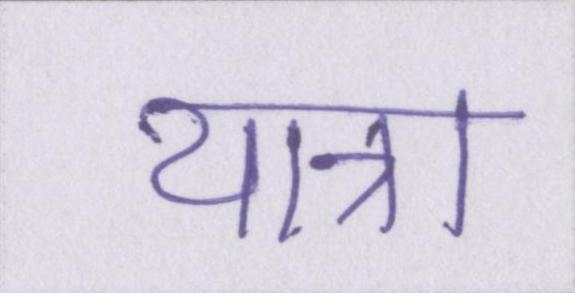
यात्रा